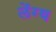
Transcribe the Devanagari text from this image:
लेंग्थ